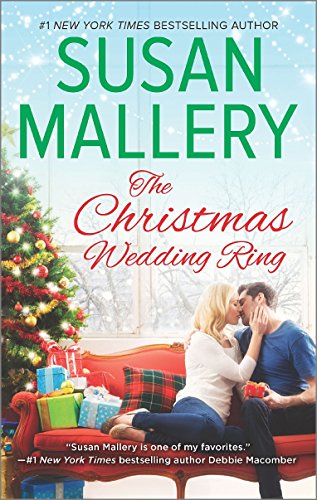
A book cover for The Christmas Wedding Ring; Susan Mallery; Romance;